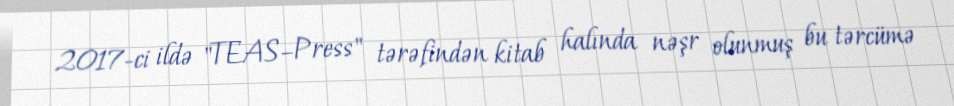
2017-ci ildə "TEAS–Press" tərəfindən kitab halında nəşr olunmuş bu tərcümə